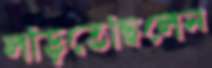
লড়িতেছিলেন